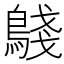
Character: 𬷟